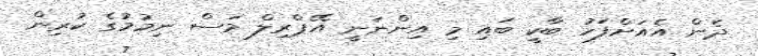
ދެން އެއަށްފަހު ބާކީ ބައި މި އިންނަނީ އޭޕްރިލް މަސް ނިމުމުގެ ކުރިން